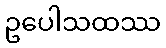
ဥပေါသထဿ